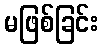
မဖြစ်ခြင်း